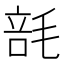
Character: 𰚢